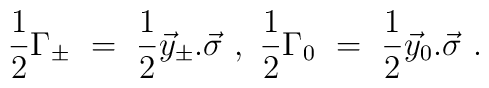
\frac{1}{2}\Gamma_\pm \ =\ \frac{1}{2}\vec{y}_\pm .\vec{\sigma} \ ,\ \frac{1}{2}\Gamma_0 \ =\ \frac{1}{2}\vec{y}_0.\vec{\sigma} \ .